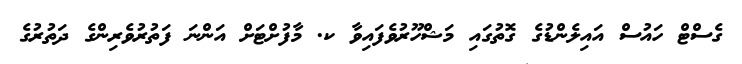
ގެސްޓް ހައުސް އައިލެންޑުގެ ގޮތުގައި މަޝްހޫރުވެފައިވާ ކ. މާފުށްޓަށް އަންނަ ފަތުރުވެރިންގެ ދަތުރުގެ